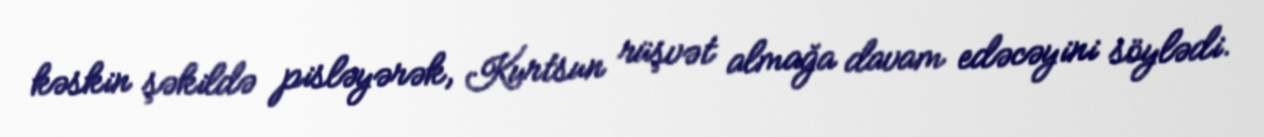
kəskin şəkildə pisləyərək, Kurtsun rüşvət almağa davam edəcəyini söylədi.